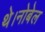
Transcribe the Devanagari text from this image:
थे।नोबेल